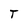
Character: T